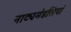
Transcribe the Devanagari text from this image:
नाट्यमंडलियां